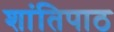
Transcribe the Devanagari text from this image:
शांतिपाठ